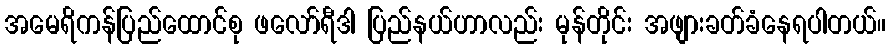
အမေရိကန်ပြည်ထောင်စု ဖလော်ရီဒါ ပြည်နယ်ဟာလည်း မုန်တိုင်း အဖျားခတ်ခံနေရပါတယ်။